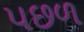
પછળ